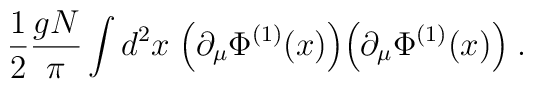
\frac{1}{2} \frac{gN}{\pi}\int d^2x \; \Big( \partial_\mu \Phi^{(1)}(x) \Big)\Big( \partial_\mu \Phi^{(1)}(x) \Big) \; .